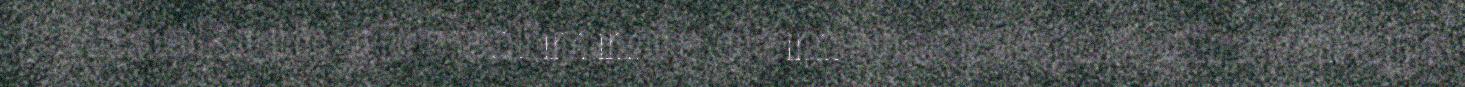
Baakoeh gïrredimmie demonstrasjon gïrredæjja